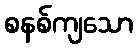
စနစ်ကျသော